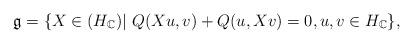
LaTeX: \begin{align*}\mathfrak{g}&=\{X\in (H_\mathbb{C})|~ Q(Xu, v)+Q(u, Xv)=0, u, v\in H_\mathbb{C}\},\end{align*}